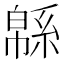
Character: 緜